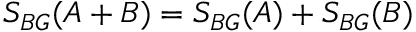
S _ { B G } ( A + B ) = S _ { B G } ( A ) + S _ { B G } ( B )